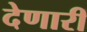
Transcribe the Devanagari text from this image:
देणारीं